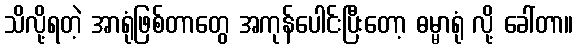
သိလို့ရတဲ့ အာရုံဖြစ်တာတွေ အကုန်ပေါင်းပြီးတော့ ဓမ္မာရုံ လို့ ခေါ်တာ။